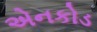
એનકોડ